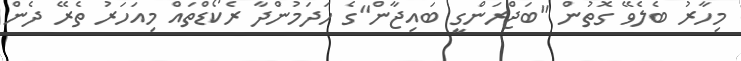
މިހާރު ބެލެވޭ ގޮތުން "ބަޖްރަންގީ ބައިޖާން"ގެ ހަދަމުންދާ ރެކޯޑްތައް މިއަހަރު ތެރޭ ދެން